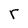
Character: r